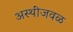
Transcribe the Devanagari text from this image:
अस्थींजवळ